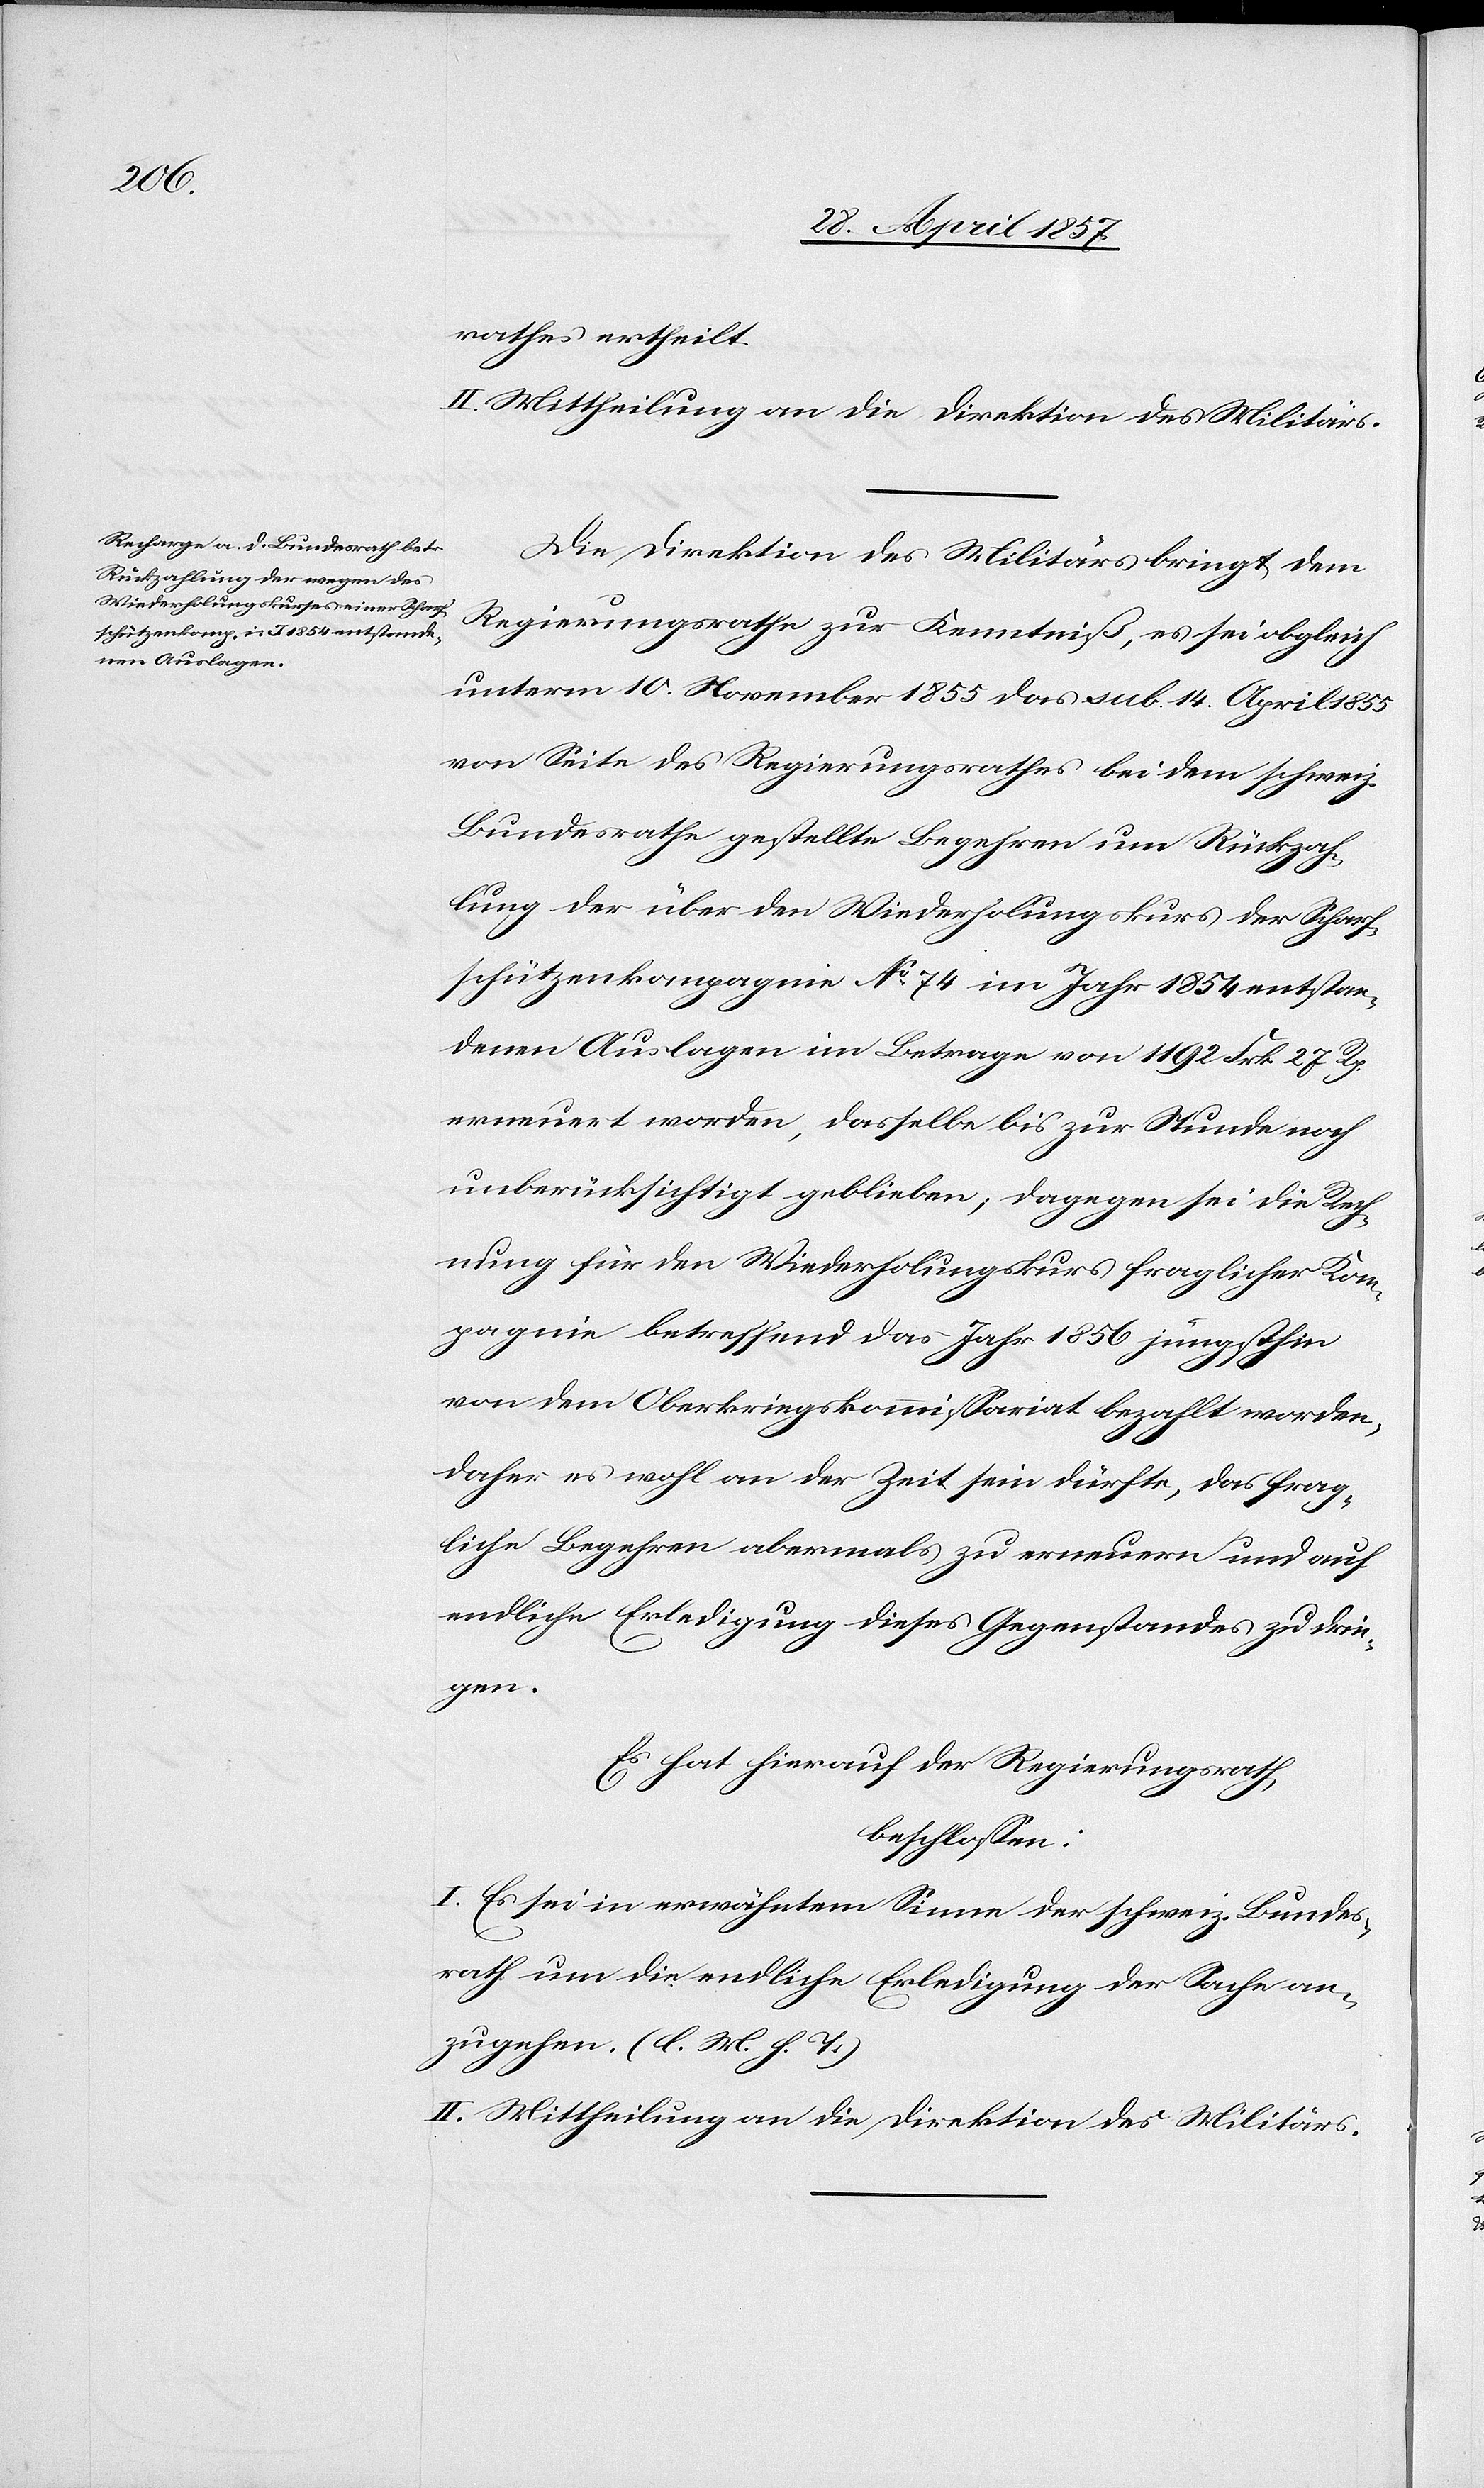
rathes ertheilt.
II. Mittheilung an die Direktion des Militärs.
Die Direktion des Militärs bringt dem
Regierungsrathe zur Kenntniß, es sei obgleich
unterm 10 November 1855 das sub. 14 April 1855
von Seite des Regierungsrathes bei dem schweiz.
Bundesrathe gestellte Begehren um Rückzah¬
lung der über den Wiederholungskurs der Scharf¬
schützenkompagnie No 74 im Jahr 1854 entstan¬
denen Auslagen im Betrage von 1192 Frk. 27 Rp.
erneuert worden, dasselbe bis zur Stunde noch
unberücksichtigt geblieben; dagegen sei die Rech¬
nung für den Wiederholungskurs fraglicher Kom¬
pagnie betreffend das Jahr 1856 jüngsthin
von dem Oberkriegskommißariat bezahlt worden,
daher es wohl an der Zeit sein dürfte, das frag¬
liche Begehren abermals zu erneuern und auf
endliche Erledigung dieses Gegenstandes zu drin¬
gen.
Es hat hierauf der Regierungsrath,
beschloßen:
I. Es sei in erwähntem Sinne der schweiz. Bundes¬
rath um die endliche Erledigung der Sache an¬
zugehen. [l. M. h. T]
II. Mittheilung an die Direktion des Militärs.